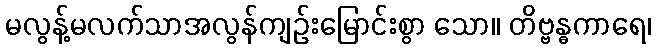
မလွန့်မလက်သာအလွန်ကျဉ်းမြောင်းစွာ သော။ တိဗ္ဗန္ဓကာရေ၊